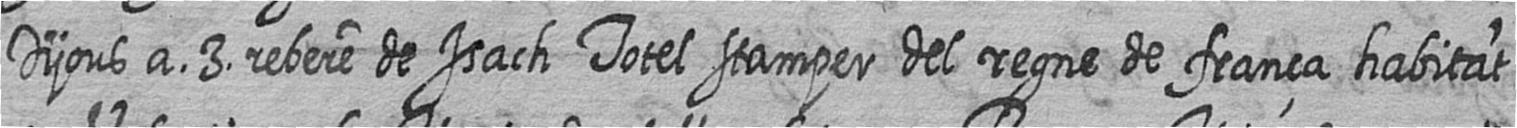
Dijous a 3 rebere de Isach Totel stamper del regne de frança habitat